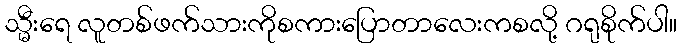
သ္မီးရေ လူတစ်ဖက်သားကိုစကားပြောတာလေးကစလို့ ဂရုစိုက်ပါ။